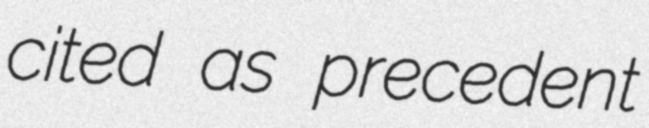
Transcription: cited as precedent